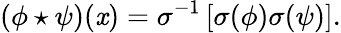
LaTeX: (\phi\star\psi)(\mathit{x})=\sigma^{-1}\left[\sigma(\phi)\sigma(\psi)\right].